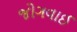
જોગવાઈ